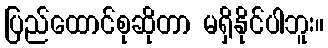
ပြည်ထောင်စုဆိုတာ မရှိနိုင်ပါဘူး။